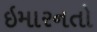
ઇમારનતો